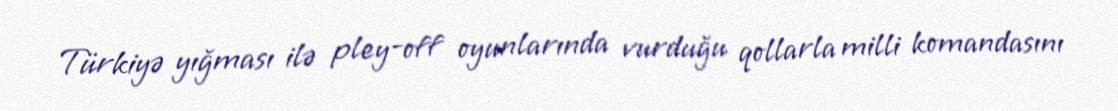
Türkiyə yığması ilə pley-off oyunlarında vurduğu qollarla milli komandasını